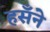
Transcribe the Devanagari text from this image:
हसँने